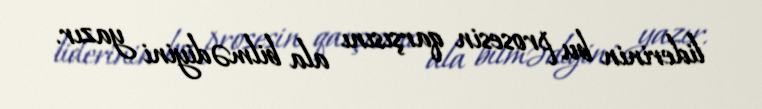
liderinin bu prosesin qarşısını ala bilmədiyini yazır.